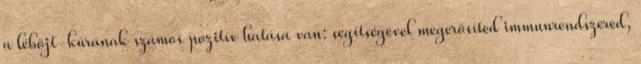
a léböjt-kúrának számos pozitív hatása van: segítségével megerősíted immunrendszered,